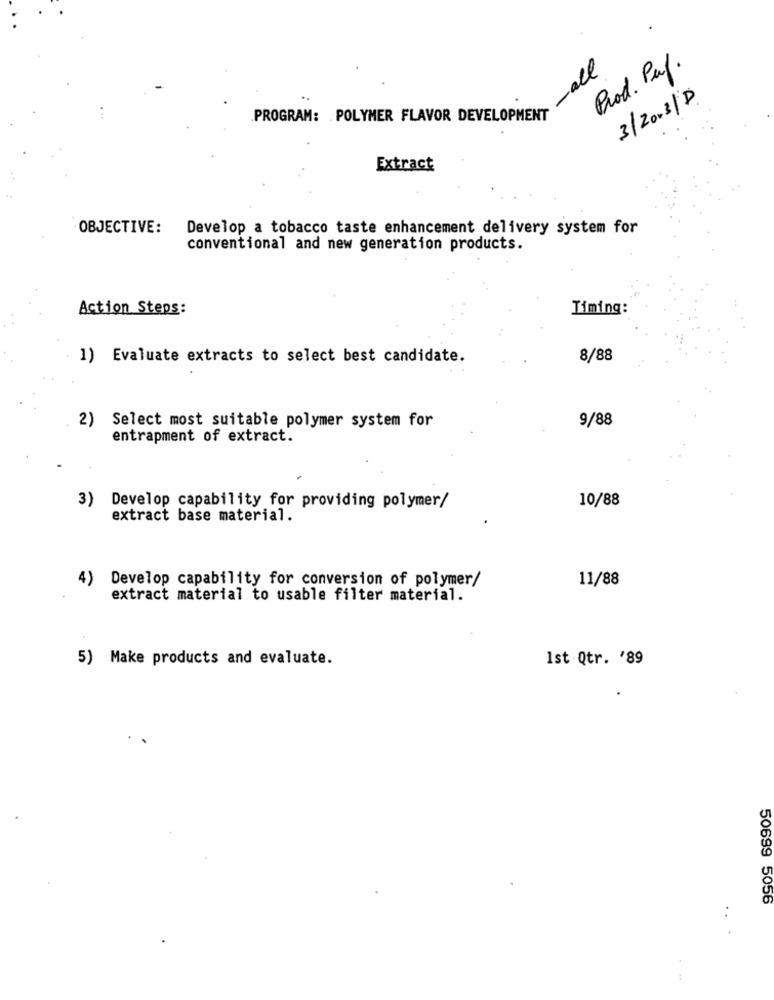
-all
Prod. Puf.
3/2003/D
.PROGRAM: POLYMER FLAVOR DEVELOPMENT
Extract
OBJECTIVE:
Develop a tobacco taste enhancement delivery system for
conventional and new generation products.
Action Steps:
Timing:
1) Evaluate extracts to select best candidate.
8/88
9/88
2) Select most suitable polymer system for
entrapment of extract.
10/88
3) Develop capability for providing polymer/
extract base material.
4)
Develop capability for conversion of polymer/
11/88
extract material to usable filter material.
5) Make products and evaluate.
Ist Qtr. '89
50699 5056
: